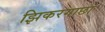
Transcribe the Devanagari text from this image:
झिकरगाछा